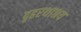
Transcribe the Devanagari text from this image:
दृढरथाश्रय